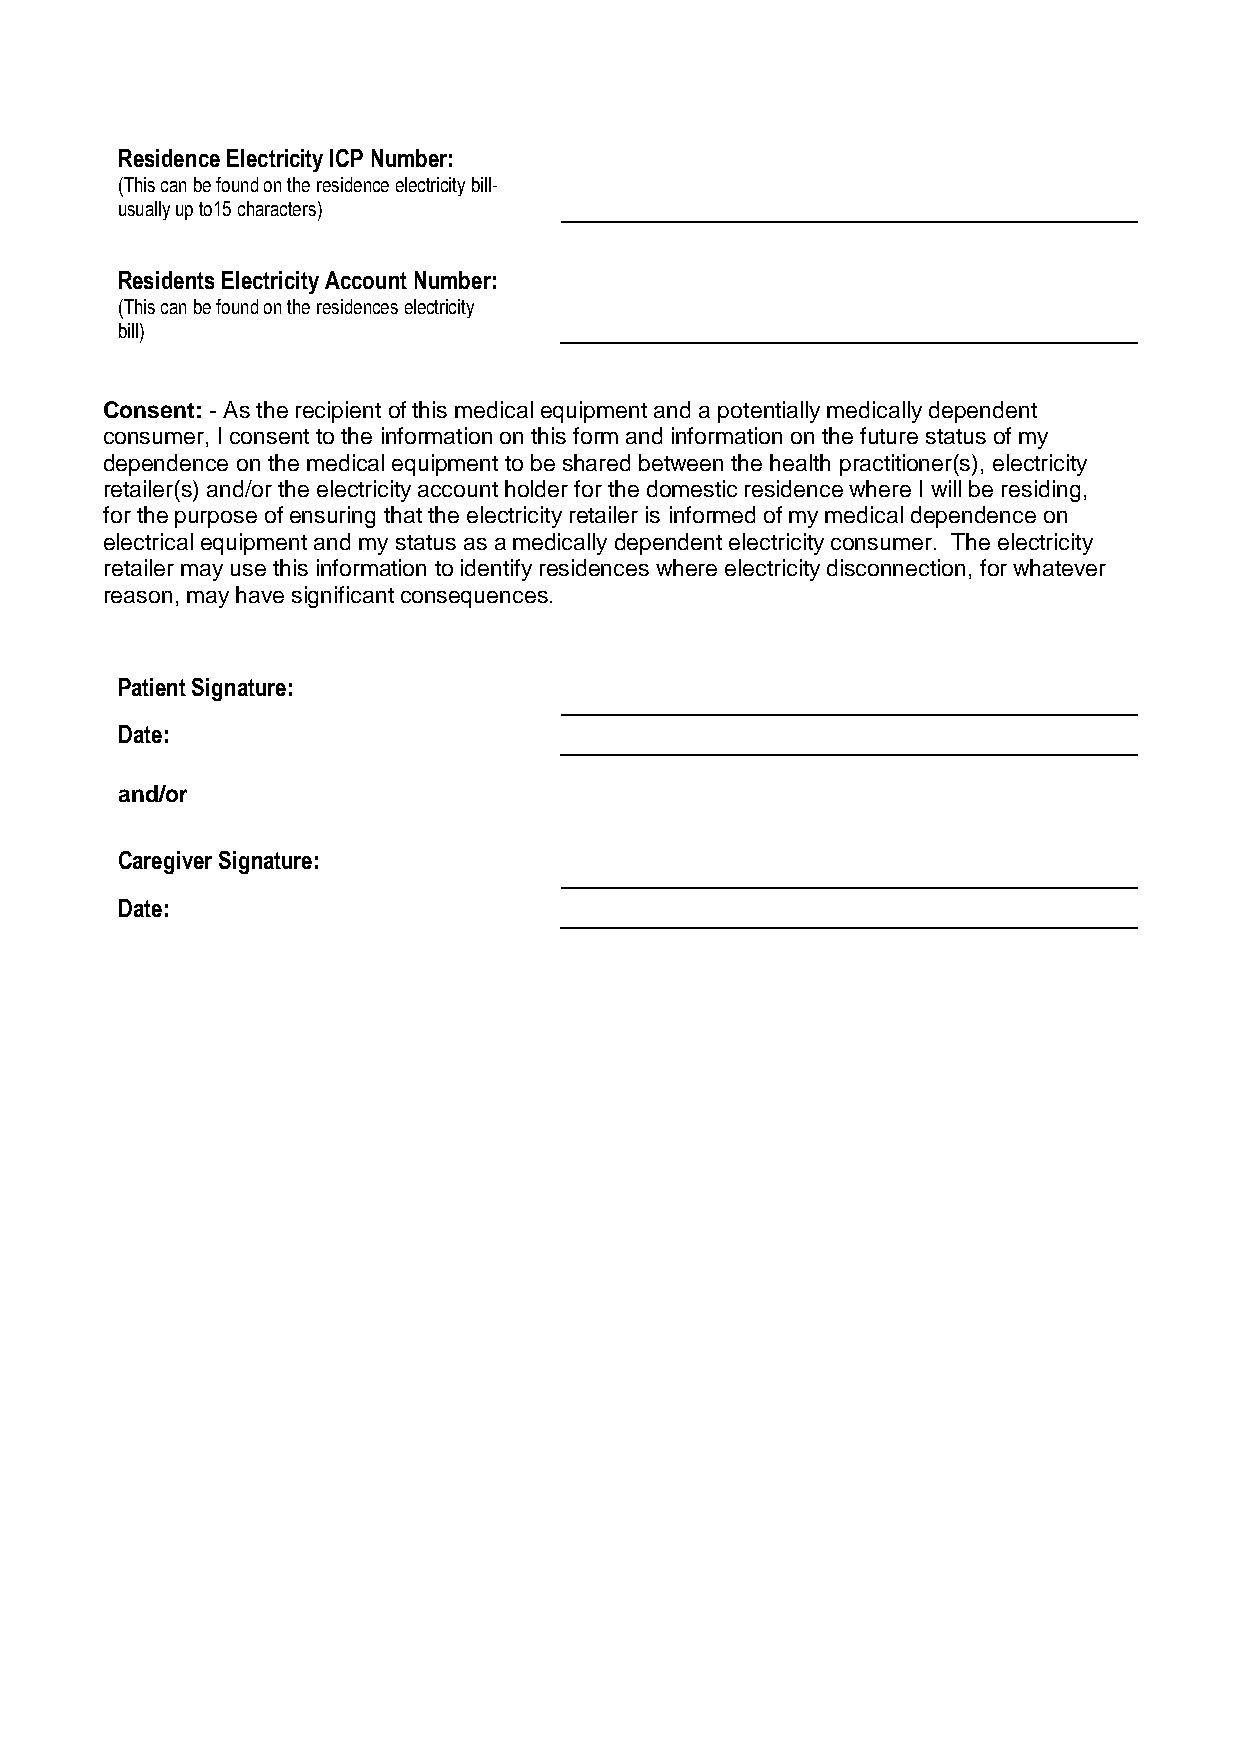
Residence Electricity ICP Number:
 (This can be found on the residence electricity bill-
 usually up to15 characters)
 Residents Electricity Account Number:
 (This can be found on the residences electricity
 bill)
 Consent: - As the recipient of this medical equipment and a potentially medically dependent
 consumer, I consent to the information on this form and information on the future status of my
 dependence on the medical equipment to be shared between the health practitioner(s), electricity
 retailer(s) and/or the electricity account holder for the domestic residence where I will be residing,
 for the purpose of ensuring that the electricity retailer is informed of my medical dependence on
 electrical equipment and my status as a medically dependent electricity consumer. The electricity
 retailer may use this information to identify residences where electricity disconnection, for whatever
 reason, may have significant consequences.
 Patient Signature:
 Date:
 and/or
 Caregiver Signature:
 Date: